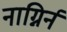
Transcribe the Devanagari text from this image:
नाग्निर्न